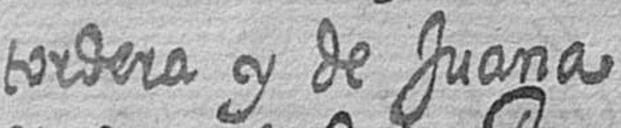
tordera y de Juana